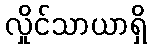
လှိုင်သာယာရှိ